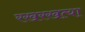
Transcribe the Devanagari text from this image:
रखरखत्या